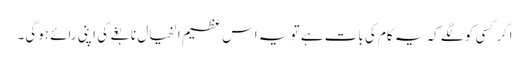
اگر کسی کو لگے کہ یہ کام کی بات ہے تو یہ اس عظیم الخیال نابغے کی اپنی رائے ہوگی۔